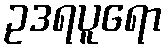
ဥဒရပူရော